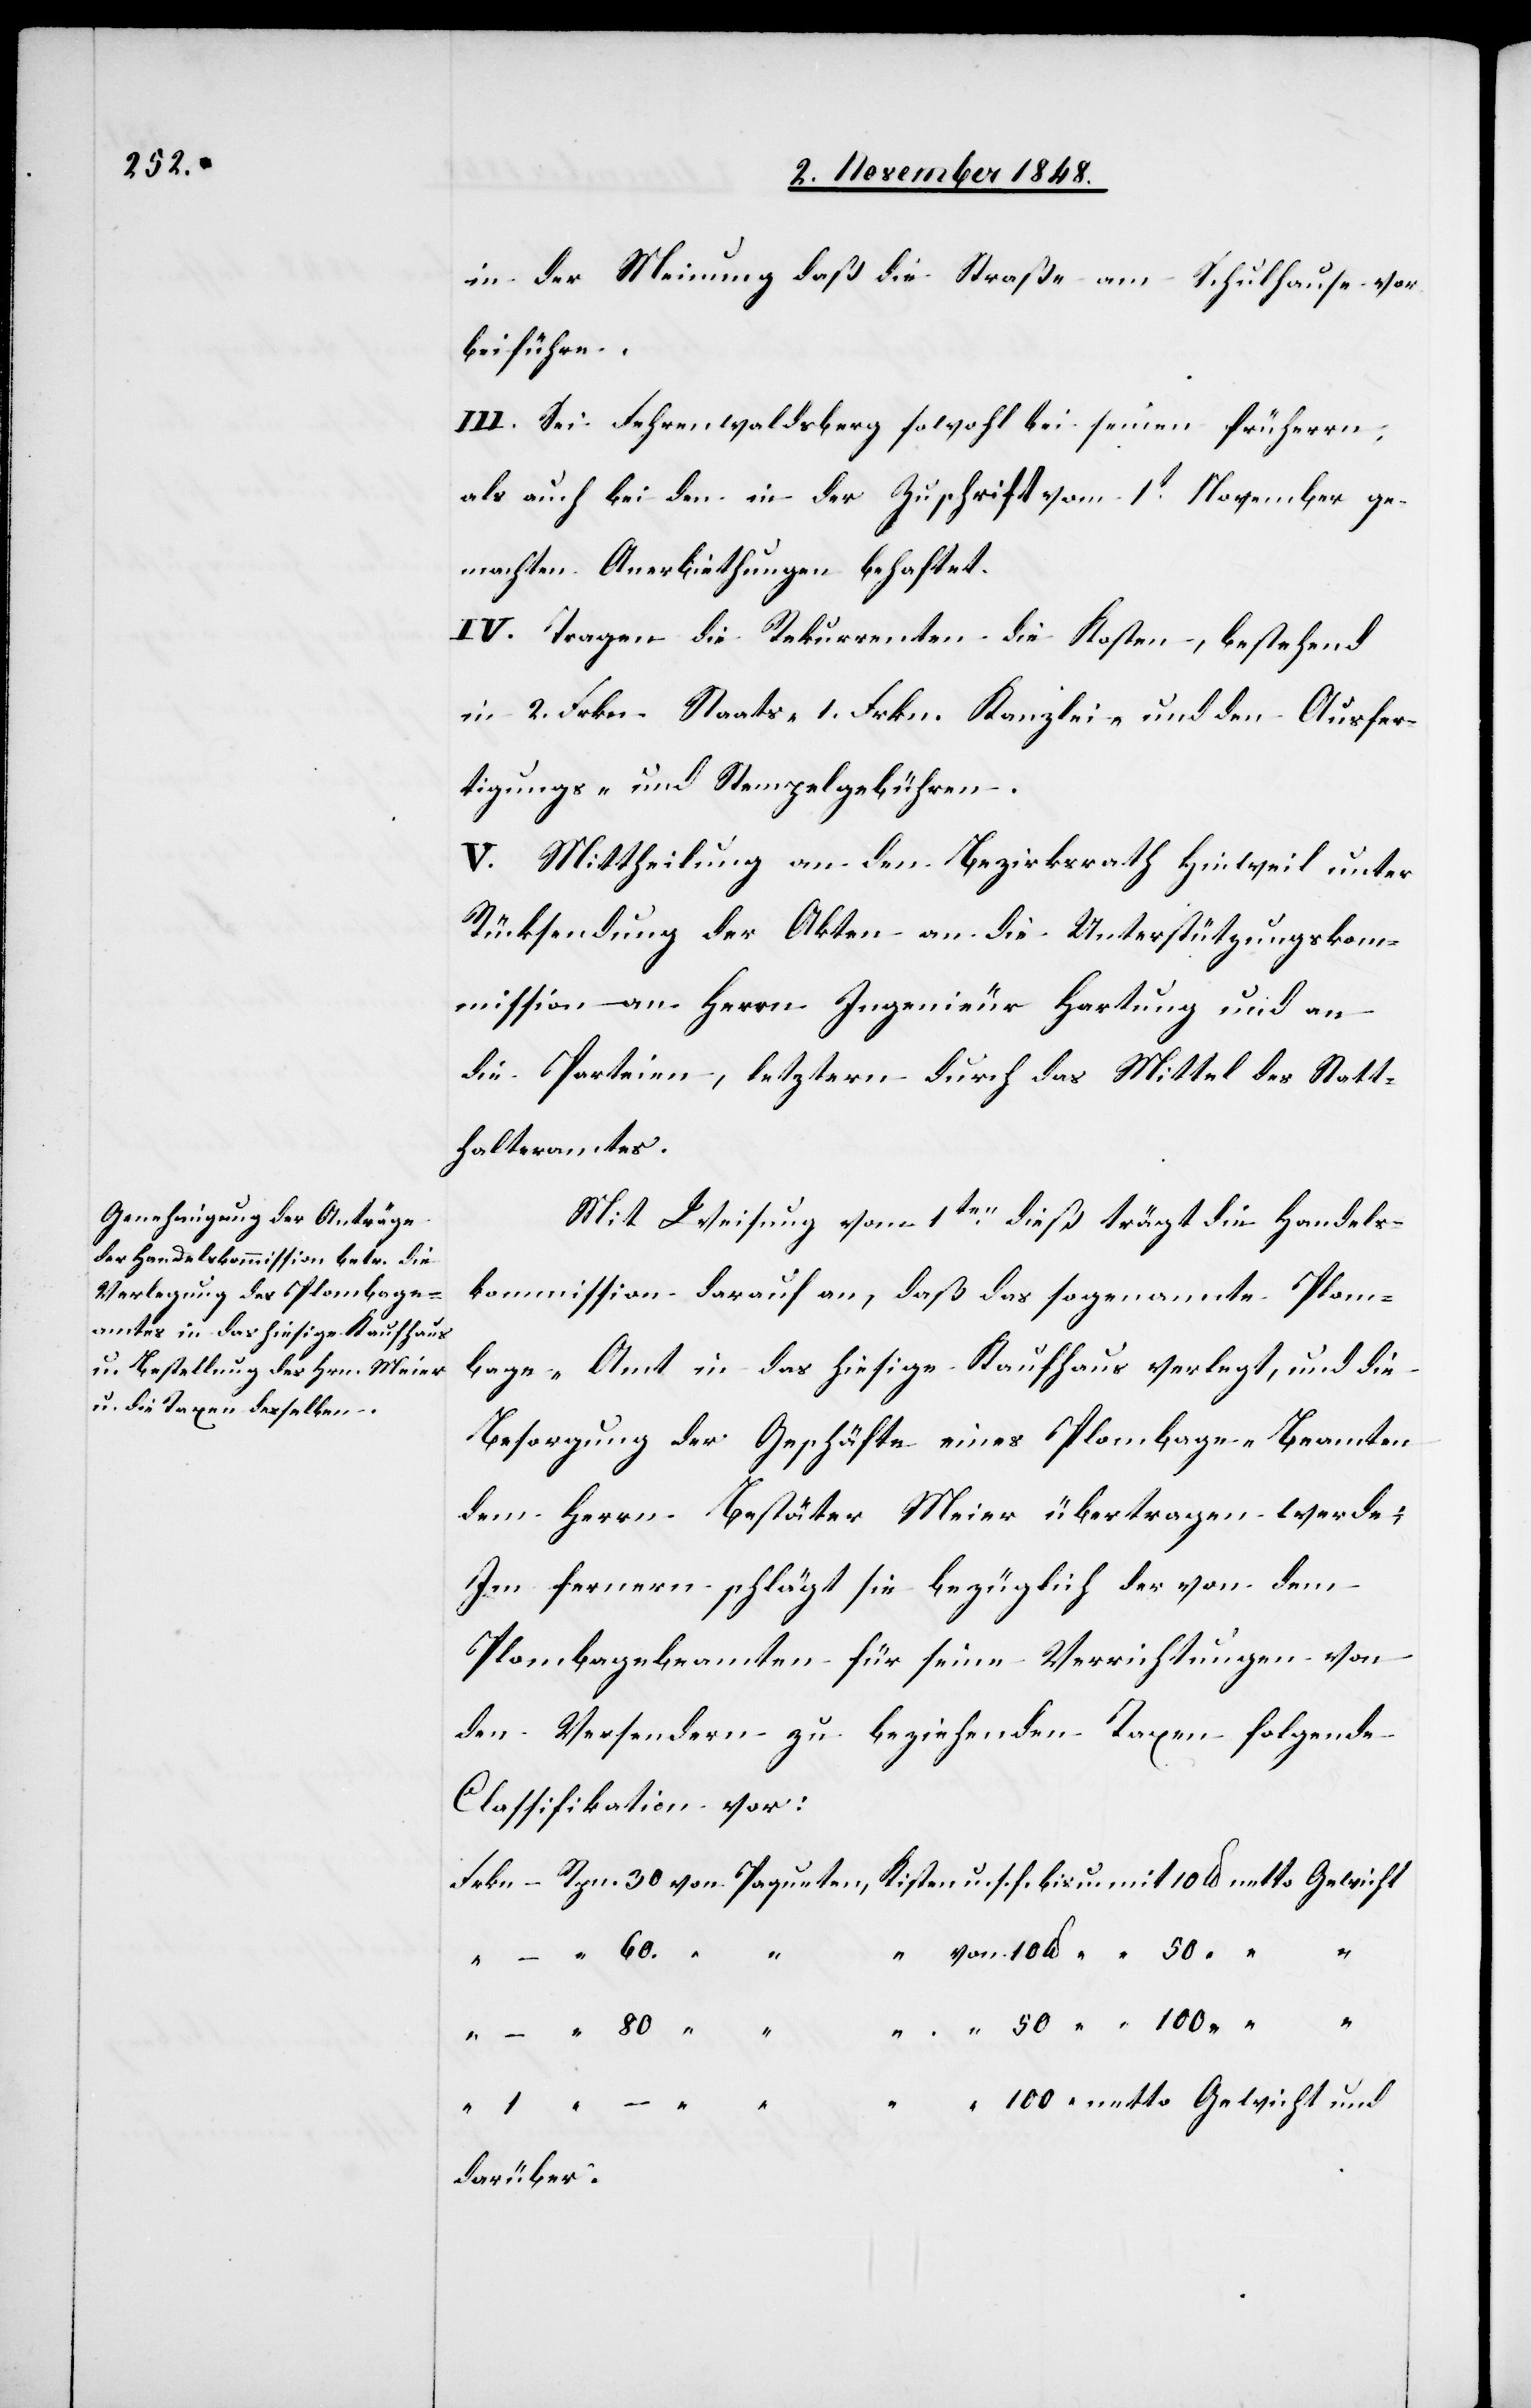
in der Meinung daß die Straße am Schulhause vor¬
beiführe.
III. Sei Fehrenwaldsberg sowohl bei seinen frühern,
als auch bei den in der Zuschrift vom 1t November ge¬
machten Anerbiethungen behaftet.
IV. Tragen die Rekurrenten die Kosten, bestehend
in 2. Frkn. Staats- 1. Frkn. Kanzlei- und den Ausfer¬
tigungs- und Stempelgebühren.
V. Mittheilung an den Bezirksrath Hinweil unter
Rücksendung der Akten an die Unterstützungskom¬
mission – an Herrn Ingenieur Hartung und an
die Parteien, letztern durch das Mittel des Statt¬
halteramtes.
Mit Weisung vom 1ten dieß trägt die Handels¬
kommission darauf an, daß das sogenannte Plom¬
bage-Amt in das hiesige Kaufhaus verlegt, und die
Besorgung der Geschäfte eines Plombage-Beamten
dem Herrn Bestäter Meier übertragen werde;
Im fernern schlägt sie bezüglich der von dem
Plombagebeamten für seine Verrichtungen von
den Versendern zu beziehenden Taxen folgende
Classifikation vor:
darüber.